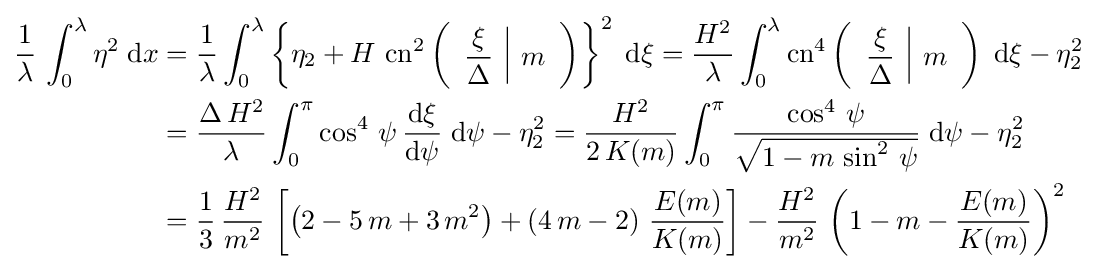
{\begin{aligned}{\frac {1}{\lambda }}\,\int _{0}^{\lambda }\eta ^{2}\;{\text{d}}x&={\frac {1}{\lambda }}\int _{0}^{\lambda }\left\{\eta _{2}+H\,\operatorname {cn} ^{2}\left({\begin{array}{c|c}\displaystyle {\frac {\xi }{\Delta }}&m\end{array}}\right)\right\}^{2}\;{\text{d}}\xi ={\frac {H^{2}}{\lambda }}\int _{0}^{\lambda }\operatorname {cn} ^{4}\left({\begin{array}{c|c}\displaystyle {\frac {\xi }{\Delta }}&m\end{array}}\right)\;{\text{d}}\xi -\eta _{2}^{2}\\&={\frac {\Delta \,H^{2}}{\lambda }}\int _{0}^{\pi }\cos ^{4}\,\psi \,{\frac {{\text{d}}\xi }{{\text{d}}\psi }}\;{\text{d}}\psi -\eta _{2}^{2}={\frac {H^{2}}{2\,K(m)}}\int _{0}^{\pi }{\frac {\cos ^{4}\,\psi }{\sqrt {1-m\,\sin ^{2}\,\psi }}}\;{\text{d}}\psi -\eta _{2}^{2}\\&={\frac {1}{3}}\,{\frac {H^{2}}{m^{2}}}\,\left[\left(2-5\,m+3\,m^{2}\right)+\left(4\,m-2\right)\,{\frac {E(m)}{K(m)}}\right]-{\frac {H^{2}}{m^{2}}}\,\left(1-m-{\frac {E(m)}{K(m)}}\right)^{2}\end{aligned}}